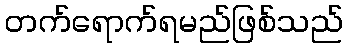
တက်ရောက်ရမည်ဖြစ်သည်